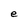
Character: e